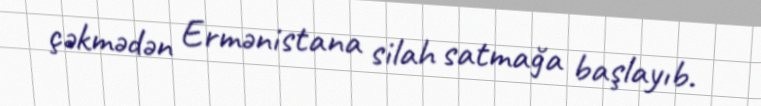
çəkmədən Ermənistana silah satmağa başlayıb.